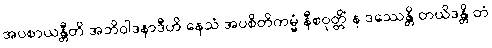
အပစာယန္တီတိ အဘိဝါဒနာဒီဟိ နေသံ အပစိတိကမ္မံ နီစဝုတ္တိံ န ဒဿေန္တိ တယိဒန္တိ တံ